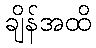
ချိန်အထိ